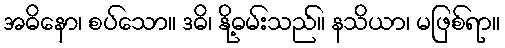
အဓိနော၊ စပ်သော။ ဒဓိ၊ နို့ဓမ်းသည်။ နသိယာ၊ မဖြစ်ရာ။